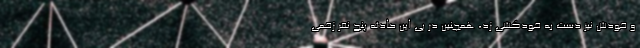
و خودش نیز دست به خودکشی زد، همچنین در پی این حادثه‌ پنج نفر زخمی